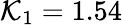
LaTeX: \mathcal{K}_{1}=1.54